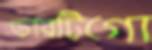
ভারটিগো